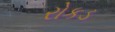
રોકડ